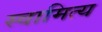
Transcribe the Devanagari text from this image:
स्वामित्य